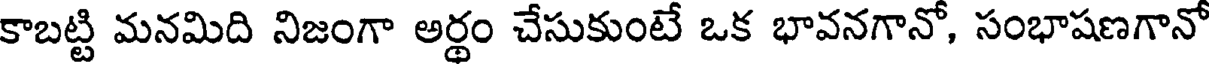
కాబట్టి మనమిది నిజంగా అర్థం చేసుకుంటే ఒక భావనగానో, సంభాషణగానో